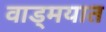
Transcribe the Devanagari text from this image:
वाड्मयात